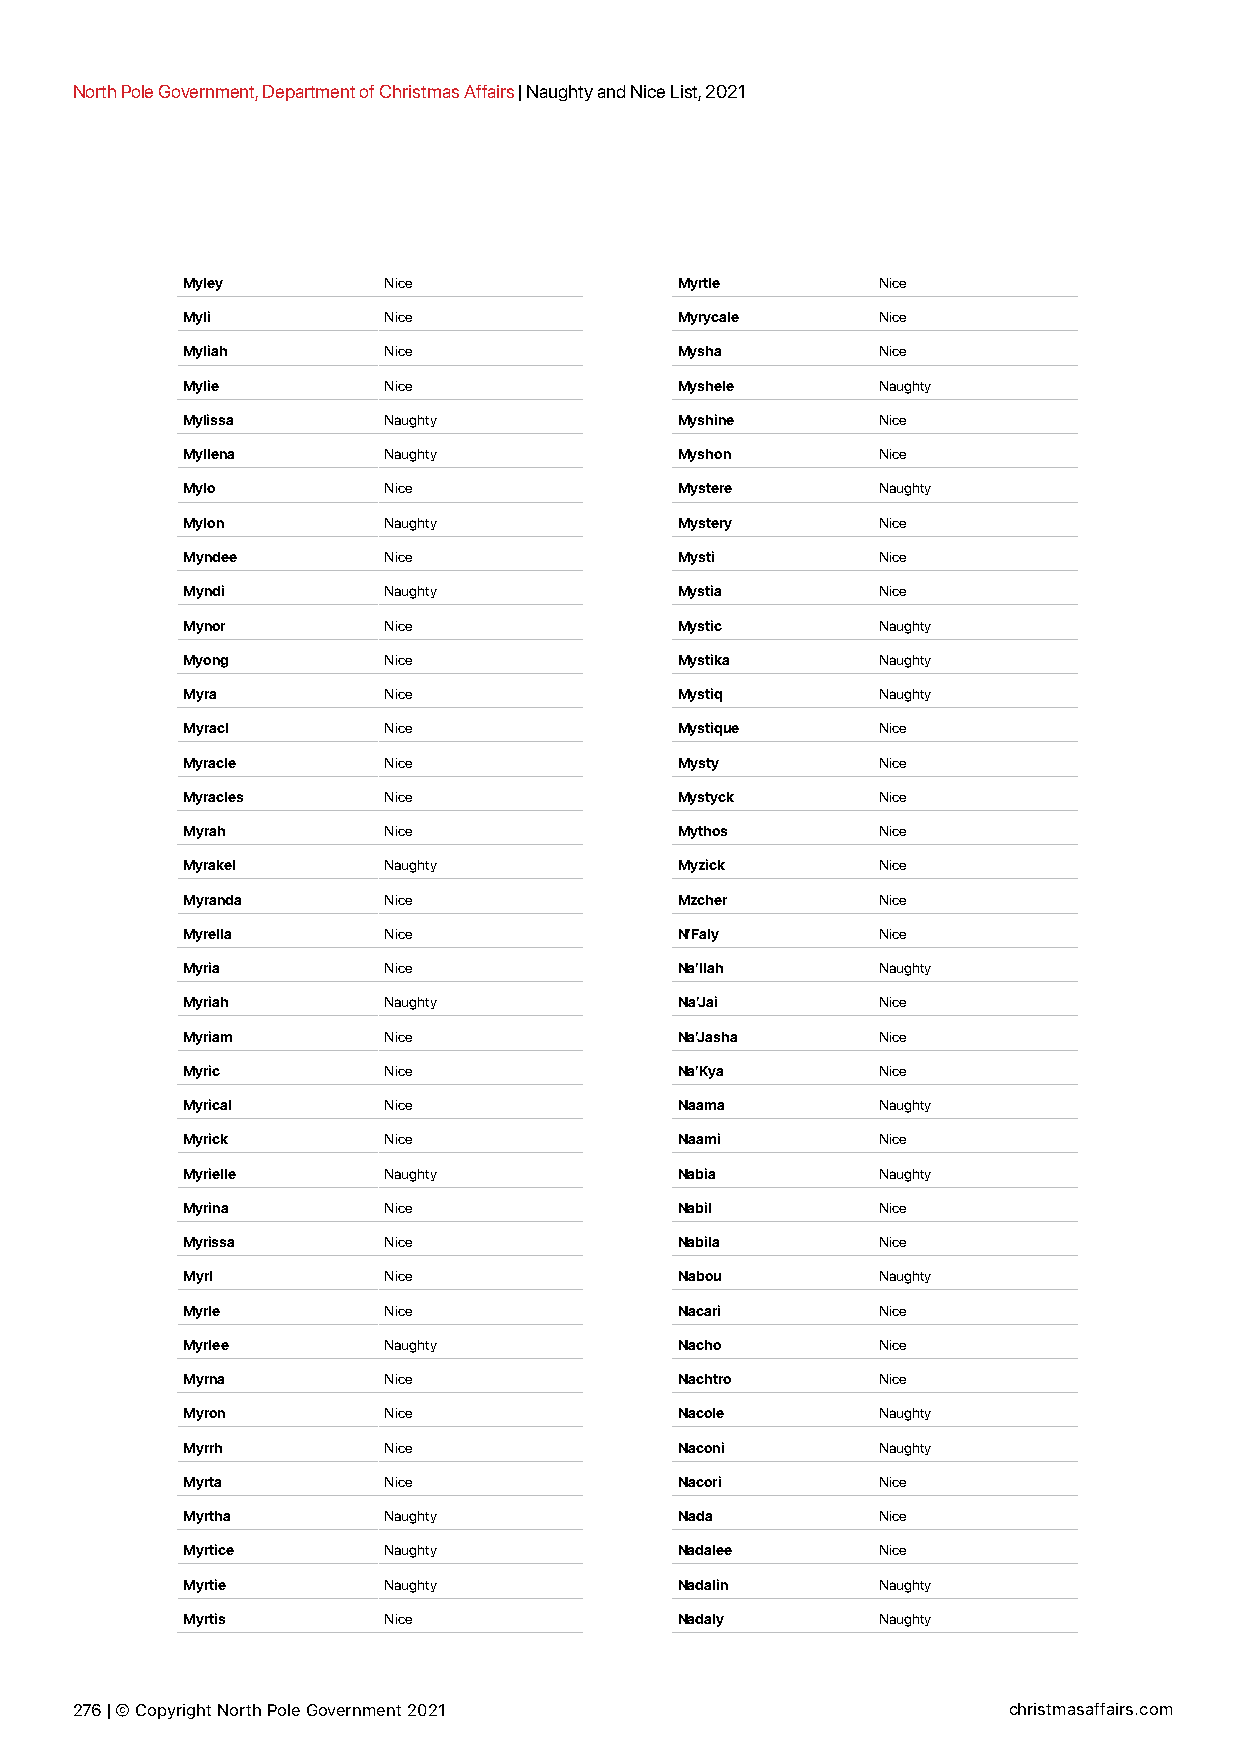
North Pole Government, Department of Christmas Affairs | Naughty and Nice List, 2021
 Myley        Nice                Myrtle       Nice
 Myli         Nice                Myrycale     Nice
 Myliah       Nice                Mysha        Nice
 Mylie        Nice                Myshele      Naughty
 Mylissa      Naughty             Myshine      Nice
 Myllena      Naughty             Myshon       Nice
 Mylo         Nice                Mystere      Naughty
 Mylon        Naughty             Mystery      Nice
 Myndee       Nice                Mysti        Nice
 Myndi        Naughty             Mystia       Nice
 Mynor        Nice                Mystic       Naughty
 Myong        Nice                Mystika      Naughty
 Myra         Nice                Mystiq       Naughty
 Myracl       Nice                Mystique     Nice
 Myracle      Nice                Mysty        Nice
 Myracles     Nice                Mystyck      Nice
 Myrah        Nice                Mythos       Nice
 Myrakel      Naughty             Myzick       Nice
 Myranda      Nice                Mzcher       Nice
 Myrella      Nice                N’Faly       Nice
 Myria        Nice                Na’Ilah      Naughty
 Myriah       Naughty             Na’Jai       Nice
 Myriam       Nice                Na’Jasha     Nice
 Myric        Nice                Na’Kya       Nice
 Myrical      Nice                Naama        Naughty
 Myrick       Nice                Naami        Nice
 Myrielle     Naughty             Nabia        Naughty
 Myrina       Nice                Nabil        Nice
 Myrissa      Nice                Nabila       Nice
 Myrl         Nice                Nabou        Naughty
 Myrle        Nice                Nacari       Nice
 Myrlee       Naughty             Nacho        Nice
 Myrna        Nice                Nachtro      Nice
 Myron        Nice                Nacole       Naughty
 Myrrh        Nice                Naconi       Naughty
 Myrta        Nice                Nacori       Nice
 Myrtha       Naughty             Nada         Nice
 Myrtice      Naughty             Nadalee      Nice
 Myrtie       Naughty             Nadalin      Naughty
 Myrtis       Nice                Nadaly       Naughty
 276 | © Copyright North Pole Government 2021                  christmasaffairs.com